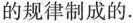
的规律制成的。